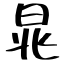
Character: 晁